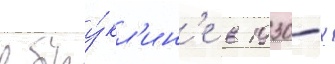
в бру́кл'ин'е в 1930-х